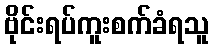
ဗိုင်းရပ်ကူးစက်ခံရသူ